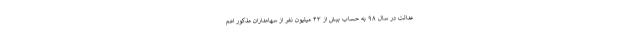
عدالت در سال ۹۸ به حساب بیش از ۴۳ میلیون نفر از سهامداران مذکور اعم